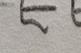
Signature authenticity: forged